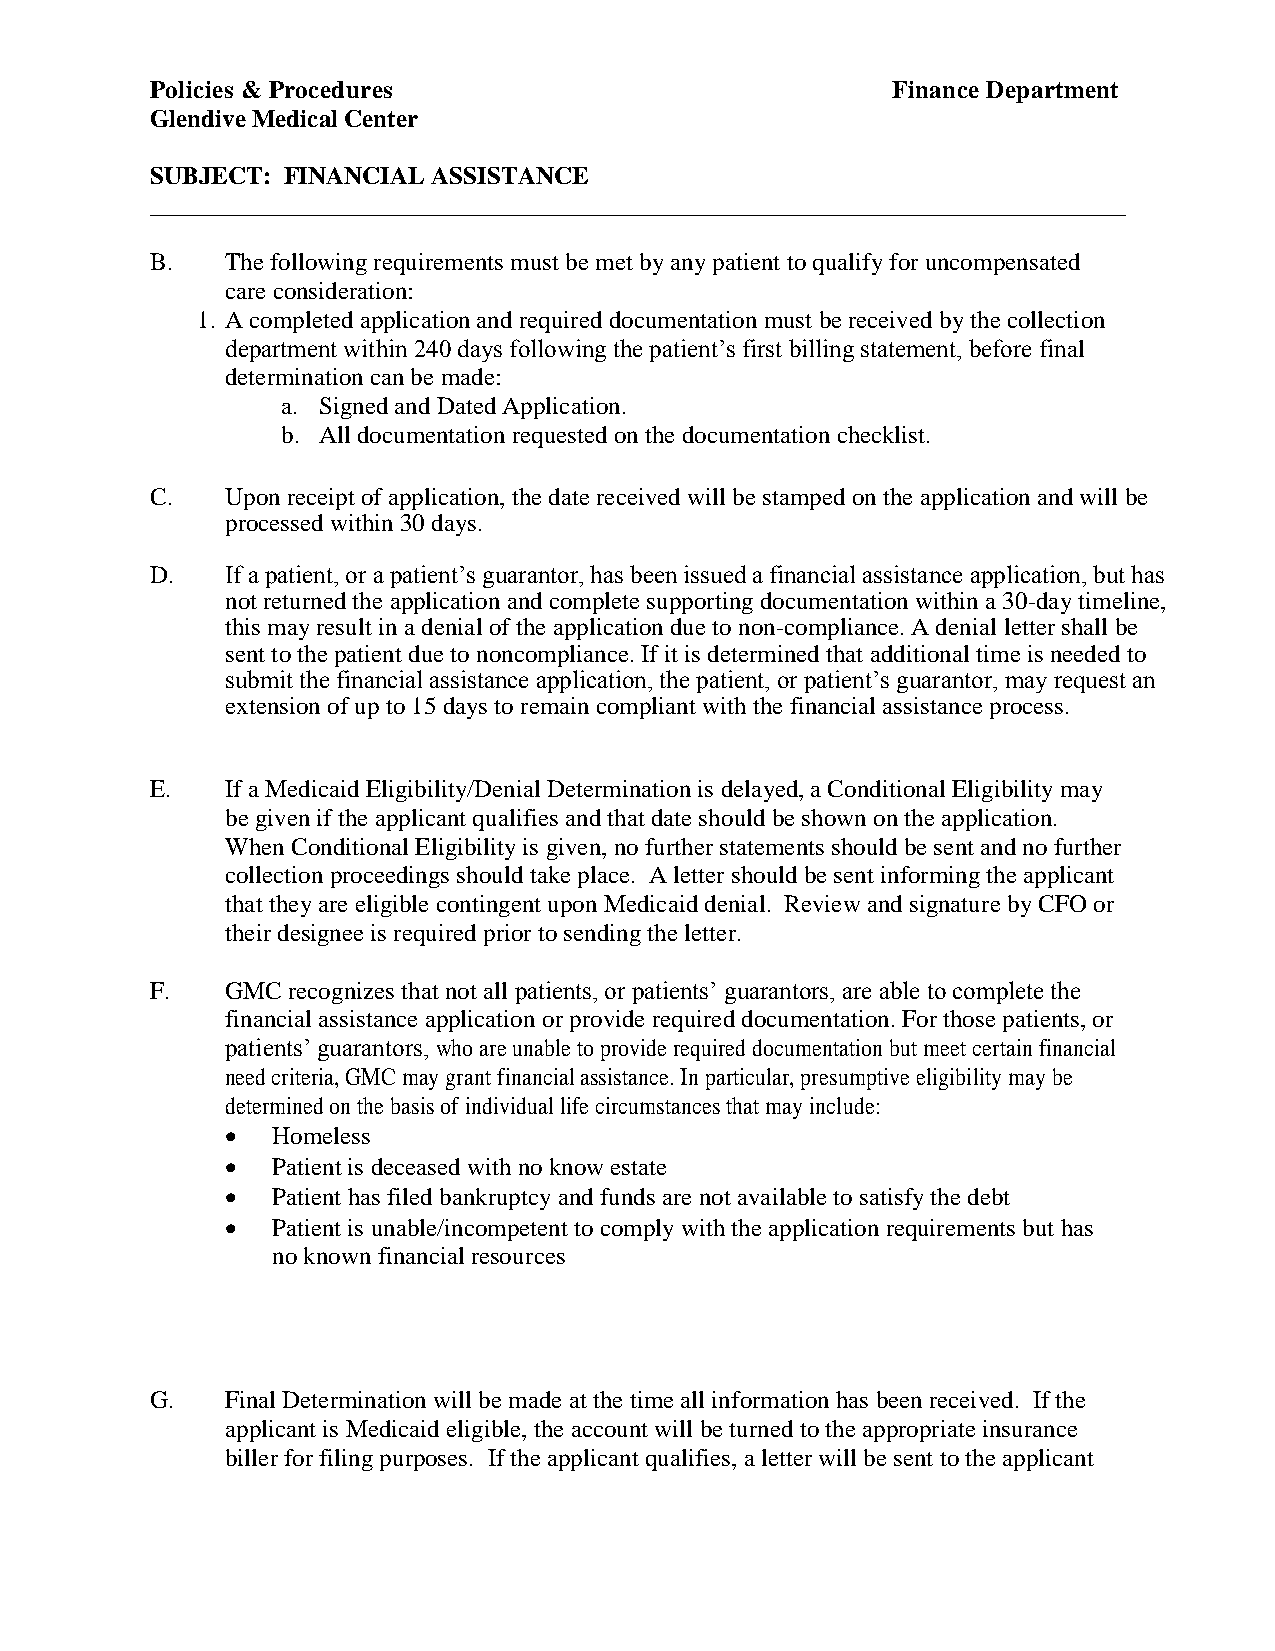
Policies & Procedures                            Finance Department
 Glendive Medical Center
 SUBJECT: FINANCIAL ASSISTANCE
 ______________________________________________________________________________
 B.   The following requirements must be met by any patient to qualify for uncompensated
 care consideration:
 1. A completed application and required documentation must be received by the collection
 department within 240 days following the patient’s first billing statement, before final
 determination can be made:
 a. Signed and Dated Application.
 b. All documentation requested on the documentation checklist.
 C.   Upon receipt of application, the date received will be stamped on the application and will be
 processed within 30 days.
 D.   If a patient, or a patient’s guarantor, has been issued a financial assistance application, but has
 not returned the application and complete supporting documentation within a 30-day timeline,
 this may result in a denial of the application due to non-compliance. A denial letter shall be
 sent to the patient due to noncompliance. If it is determined that additional time is needed to
 submit the financial assistance application, the patient, or patient’s guarantor, may request an
 extension of up to 15 days to remain compliant with the financial assistance process.
 E.   If a Medicaid Eligibility/Denial Determination is delayed, a Conditional Eligibility may
 be given if the applicant qualifies and that date should be shown on the application.
 When Conditional Eligibility is given, no further statements should be sent and no further
 collection proceedings should take place. A letter should be sent informing the applicant
 that they are eligible contingent upon Medicaid denial. Review and signature by CFO or
 their designee is required prior to sending the letter.
 F.   GMC recognizes that not all patients, or patients’ guarantors, are able to complete the
 financial assistance application or provide required documentation. For those patients, or
 patients’ guarantors, who are unable to provide required documentation but meet certain financial
 need criteria, GMC may grant financial assistance. In particular, presumptive eligibility may be
 determined on the basis of individual life circumstances that may include:
   Homeless
   Patient is deceased with no know estate
   Patient has filed bankruptcy and funds are not available to satisfy the debt
   Patient is unable/incompetent to comply with the application requirements but has
 no known financial resources
 G.   Final Determination will be made at the time all information has been received. If the
 applicant is Medicaid eligible, the account will be turned to the appropriate insurance
 biller for filing purposes. If the applicant qualifies, a letter will be sent to the applicant